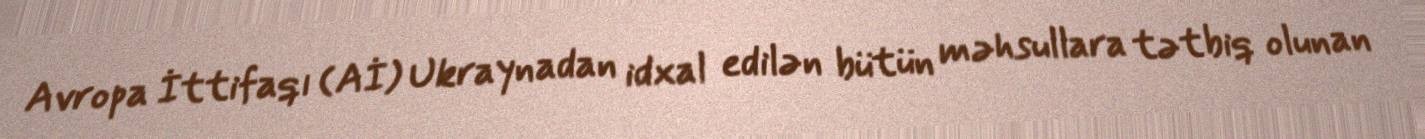
Avropa İttifaqı (Aİ) Ukraynadan idxal edilən bütün məhsullara tətbiq olunan